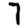
Digit: 7